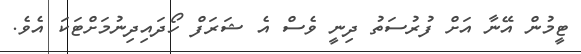
ޓީމުން އޭނާ އަށް ފުރުސަތު ދިނީ ވެސް އެ ޝަރަފް ހޯދައިދިނުމަށްޓަކަ އެވެ.